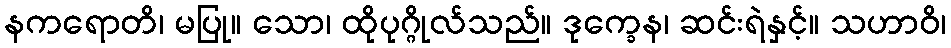
နကရောတိ၊ မပြု။ သော၊ ထိုပုဂ္ဂိုလ်သည်။ ဒုက္ခေန၊ ဆင်းရဲနှင့်။ သဟာဝိ၊